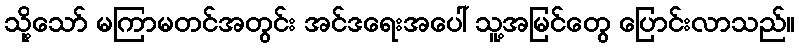
သို့သော် မကြာမတင်အတွင်း အင်ဒရေးအပေါ် သူ့အမြင်တွေ ပြောင်းလာသည်။